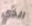
الذي